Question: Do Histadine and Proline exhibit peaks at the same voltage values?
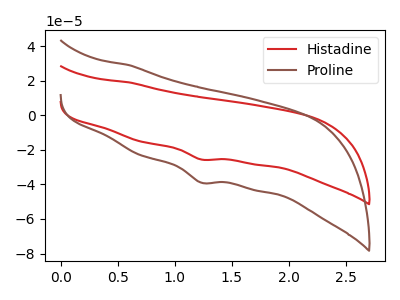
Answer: <think>The red curve "Histadine" has a cathodic peak at: (1.25V, -25.60uA). The brown curve "Proline" has a cathodic peak at: (1.25V, -39.00uA).</think>
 <answer>Yes, "Histadine" have a peak in "Proline" at the same potential.</answer>
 <eval>match</eval>